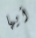
أيها